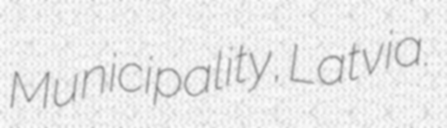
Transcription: Municipality, Latvia.